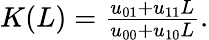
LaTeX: \begin{array}{r}{K(L)=\frac{u_{01}+u_{11}L}{u_{00}+u_{10}L}.}\end{array}